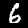
Digit: 6